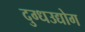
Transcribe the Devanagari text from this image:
दुग्धउद्योग